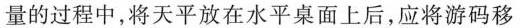
量的过程中，将天平放在水平桌面上后，应将游码移